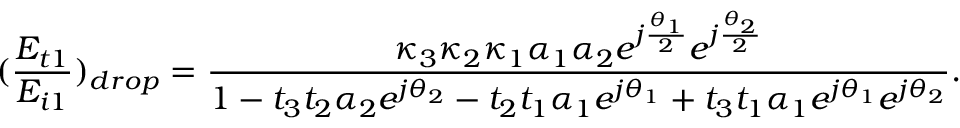
( \frac { E _ { t 1 } } { E _ { i 1 } } ) _ { d r o p } = \frac { \kappa _ { 3 } \kappa _ { 2 } \kappa _ { 1 } \alpha _ { 1 } \alpha _ { 2 } e ^ { j \frac { \theta _ { 1 } } { 2 } } e ^ { j \frac { \theta _ { 2 } } { 2 } } } { 1 - t _ { 3 } t _ { 2 } \alpha _ { 2 } e ^ { j \theta _ { 2 } } - t _ { 2 } t _ { 1 } \alpha _ { 1 } e ^ { j \theta _ { 1 } } + t _ { 3 } t _ { 1 } \alpha _ { 1 } e ^ { j \theta _ { 1 } } e ^ { j \theta _ { 2 } } } .